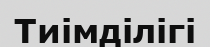
Тиімділігі